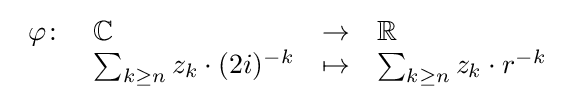
\textstyle {\begin{array}{llcl}\varphi \colon &\mathbb {C} &\to &\mathbb {R} \\&\sum _{k\geq n}z_{k}\cdot (2i)^{-k}&\mapsto &\sum _{k\geq n}z_{k}\cdot r^{-k}\\\end{array}}